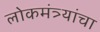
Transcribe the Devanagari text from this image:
लोकमंत्र्यांचा